Proceedings of the meeting of veterinary officers in India
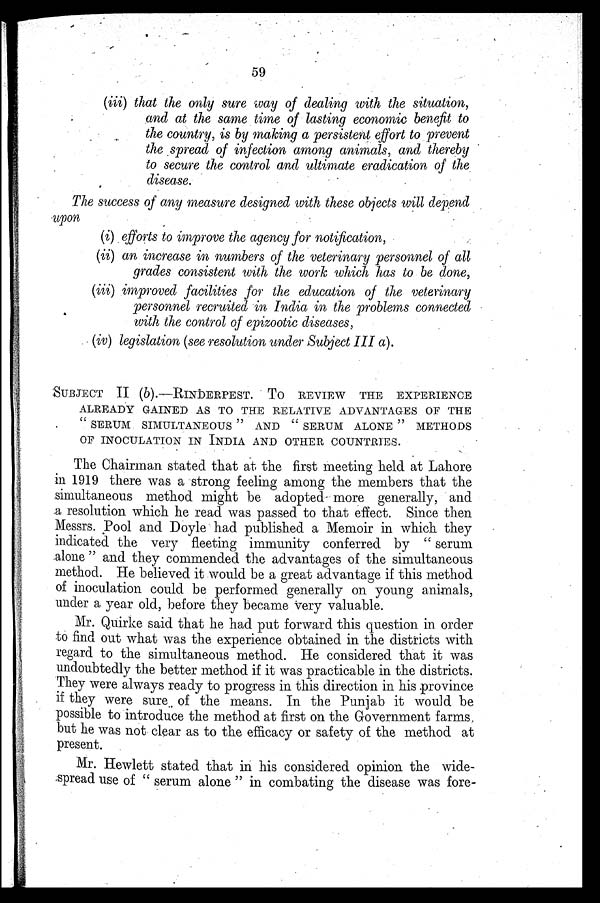
59
(iii) that the only sure way of dealing with the situation,
and at the same time of lasting economic benefit to
the country, is by making a persistent effort to prevent
the spread of infection among animals, and thereby
to secure the control and ultimate eradication of the
disease.
The success of any measure designed with these objects will depend
upon
(i) efforts to improve the agency for notification,
(ii) an increase in numbers of the veterinary personnel of all
grades consistent with the work which has to be done,
(iii) improved facilities for the education of the veterinary
personnel recruited in India in the problems connected
with the control of epizootic diseases,
(iv) legislation (see resolution under Subject III a).
SUBJECT II (b).-RINDERPEST. To REVIEW THE EXPERIENCE
ALREADY GAINED AS TO THE RELATIVE ADVANTAGES OF THE
"SERUM SIMULTANEOUS" AND "SERUM ALONE" METHODS
OF INOCULATION IN INDIA AND OTHER COUNTRIES.
The Chairman stated that at the first meeting held at Lahore
in 1919 there was a strong feeling among the members that the
simultaneous method might be adopted more generally, and
a resolution which he read was passed to that effect. Since then
Messrs. Pool and Doyle had published a Memoir in which they
indicated the very fleeting immunity conferred by "serum
alone" and they commended the advantages of the simultaneous
method. He believed it would be a great advantage if this method
of inoculation could be performed generally on young animals,
under a year old, before they became very valuable.
Mr. Quirke said that he had put forward this question in order
to find out what was the experience obtained in the districts with
regard to the simultaneous method. He considered that it was
undoubtedly the better method if it was practicable in the districts.
They were always ready to progress in this direction in his province
if they were sure of the means. In the Punjab it would be
possible to introduce the method at first on the Government farms
but he was not clear as to the efficacy or safety of the method at
present.
Mr. Hewlett stated that in his considered opinion the wide-
spread use of "serum alone" in combating the disease was fore-